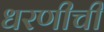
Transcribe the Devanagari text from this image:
धरणीची